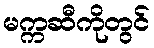
မက္ကဆီကိုတွင်